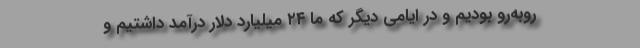
روبه‌رو بودیم و در ایامی دیگر که ما ۲۴ میلیارد دلار درآمد داشتیم و